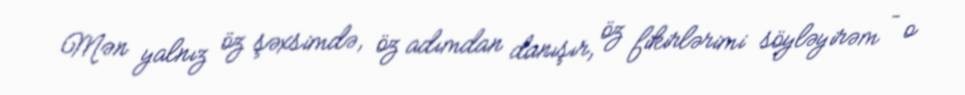
Mən yalnız öz şəxsimdə, öz adımdan danışır, öz fikirlərimi söyləyirəm – o